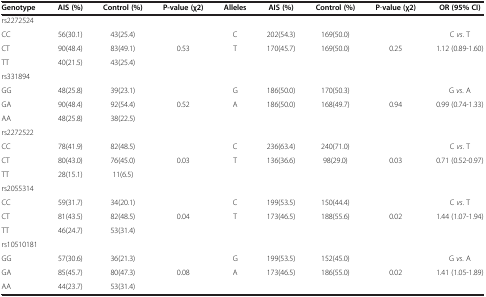
<table><thead><tr><td><b>Genotype</b></td><td><b>AIS (%)</b></td><td><b>Control (%)</b></td><td><b>P-value (χ2)</b></td><td><b>Alleles</b></td><td><b>AIS (%)</b></td><td><b>Control (%)</b></td><td><b>P-value (χ2)</b></td><td><b>OR (95% CI)</b></td></tr></thead><tbody><tr><td>rs2272524</td><td> </td><td> </td><td> </td><td> </td><td> </td><td> </td><td> </td><td> </td></tr><tr><td>CC</td><td>56(30.1)</td><td>43(25.4)</td><td> </td><td>C</td><td>202(54.3)</td><td>169(50.0)</td><td> </td><td>C <i>vs</i>. T</td></tr><tr><td>CT</td><td>90(48.4)</td><td>83(49.1)</td><td>0.53</td><td>T</td><td>170(45.7)</td><td>169(50.0)</td><td>0.25</td><td>1.12 (0.89-1.60)</td></tr><tr><td>TT</td><td>40(21.5)</td><td>43(25.4)</td><td> </td><td> </td><td> </td><td> </td><td> </td><td> </td></tr><tr><td>rs331894</td><td> </td><td> </td><td> </td><td> </td><td> </td><td> </td><td> </td><td> </td></tr><tr><td>GG</td><td>48(25.8)</td><td>39(23.1)</td><td> </td><td>G</td><td>186(50.0)</td><td>170(50.3)</td><td> </td><td>G <i>vs</i>. A</td></tr><tr><td>GA</td><td>90(48.4)</td><td>92(54.4)</td><td>0.52</td><td>A</td><td>186(50.0)</td><td>168(49.7)</td><td>0.94</td><td>0.99 (0.74-1.33)</td></tr><tr><td>AA</td><td>48(25.8)</td><td>38(22.5)</td><td> </td><td> </td><td> </td><td> </td><td> </td><td> </td></tr><tr><td>rs2272522</td><td> </td><td> </td><td> </td><td> </td><td> </td><td> </td><td> </td><td> </td></tr><tr><td>CC</td><td>78(41.9)</td><td>82(48.5)</td><td> </td><td>C</td><td>236(63.4)</td><td>240(71.0)</td><td> </td><td>C <i>vs</i>. T</td></tr><tr><td>CT</td><td>80(43.0)</td><td>76(45.0)</td><td>0.03</td><td>T</td><td>136(36.6)</td><td>98(29.0)</td><td>0.03</td><td>0.71 (0.52-0.97)</td></tr><tr><td>TT</td><td>28(15.1)</td><td>11(6.5)</td><td> </td><td> </td><td> </td><td> </td><td> </td><td> </td></tr><tr><td>rs2055314</td><td> </td><td> </td><td> </td><td> </td><td> </td><td> </td><td> </td><td> </td></tr><tr><td>CC</td><td>59(31.7)</td><td>34(20.1)</td><td> </td><td>C</td><td>199(53.5)</td><td>150(44.4)</td><td> </td><td>C <i>vs</i>. T</td></tr><tr><td>CT</td><td>81(43.5)</td><td>82(48.5)</td><td>0.04</td><td>T</td><td>173(46.5)</td><td>188(55.6)</td><td>0.02</td><td>1.44 (1.07-1.94)</td></tr><tr><td>TT</td><td>46(24.7)</td><td>53(31.4)</td><td> </td><td> </td><td> </td><td> </td><td> </td><td> </td></tr><tr><td>rs10510181</td><td> </td><td> </td><td> </td><td> </td><td> </td><td> </td><td> </td><td> </td></tr><tr><td>GG</td><td>57(30.6)</td><td>36(21.3)</td><td> </td><td>G</td><td>199(53.5)</td><td>152(45.0)</td><td> </td><td>G <i>vs</i>. A</td></tr><tr><td>GA</td><td>85(45.7)</td><td>80(47.3)</td><td>0.08</td><td>A</td><td>173(46.5)</td><td>186(55.0)</td><td>0.02</td><td>1.41 (1.05-1.89)</td></tr><tr><td>AA</td><td>44(23.7)</td><td>53(31.4)</td><td> </td><td> </td><td> </td><td> </td><td> </td><td> </td></tr></tbody></table>